Annual report of the Bengal Veterinary College and of the Civil Veterinary Department, Bengal, for the year 1917-18 - 1917-1918
Year: 1917
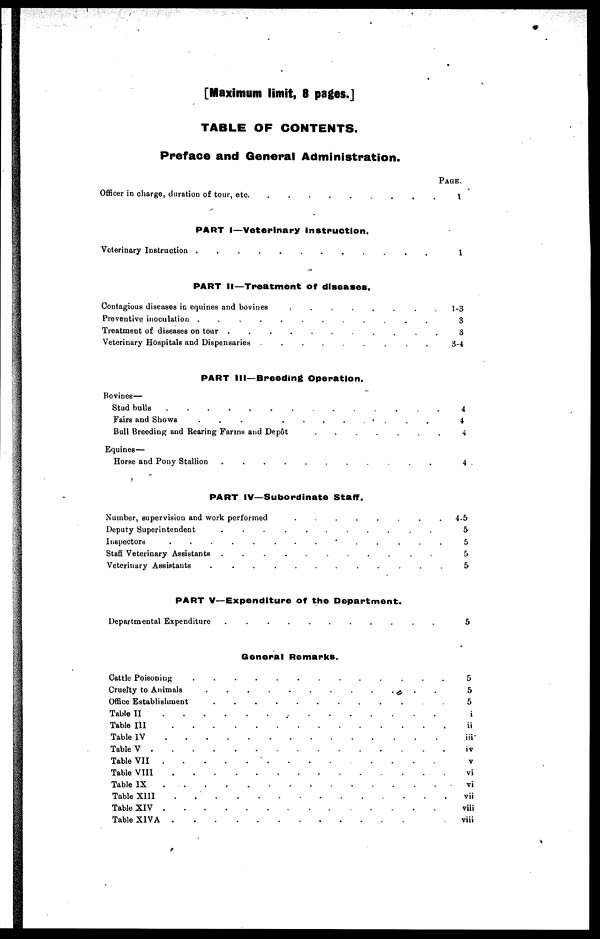
[Maximum limit, 8 pages.]
TABLE OF CONTENTS.
Preface and General Administration.
Officer in charge, duration of tour, etc.
.........
PART I—Veterinary Instruction.
Veterinary Instruction . . . . . . . . . . . .
PART II—Treatment of diseases.
Contagious diseases in equines and bovines
........
Preventive inoculation
............
Treatment of diseases on tour
.........
Veterinary Hospitals and Dispensaries .........
PART III—Breeding Operation.
Bovines—
Stud bulls
..........
Fairs and Shows
.
.
.
.........
Bull Breeding and Rearing Farms and Depôt
......
Equines—
Horse and Pony Stallion .........
PART IV—Subordinate Staff.
Number, supervision and work performed
.
.
.
.
.
.
.
Deputy Superintendent
.
.
.
.
.
.
.
.
.
.
.
Inspectors
.
.
.
.
.
.
.
.
.
.
.
.
Staff Veterinary Assistants .
.
.
.
.
.
.
.
.
.
.
Veterinary Assistants .........
PART V—Expenditure of the Department.
Departmental Expenditure
.
.
.
.
.
.
.
.
.
.
.
General Remarks.
Cattle Poisoning .........
Cruelty to Animals .........
Office Establishment .........
Table II
.
.
.
.
.
.
.
.
.
.
.
Table III .........
Table IV .........
Table V .........
Table VII .........
Table VIII
.
.
.
.
.
.
.
.
.
Table IX
.
.
.
.
.
.
.
.
.
Table XIII .........
Table XIV .........
Table XIVA .........
PAGE.
1
1
1-3
3
3
3-4
4
4
4
4
4-5
5
5
5
5
5
5
5
5
i
ii
iii
iv
v
vi
vi
vii
viii
viii